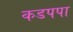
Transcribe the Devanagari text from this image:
कडपपा